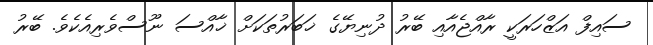
ސައިފް އަޒްހަރަކީ ރާއްޖެއާއި ބޭރު ދުނިޔޭގެ ޚަބަރުތަކަށް ޚާއްސަ ނޫސްވެރިއެކެވެ. ބޭރު